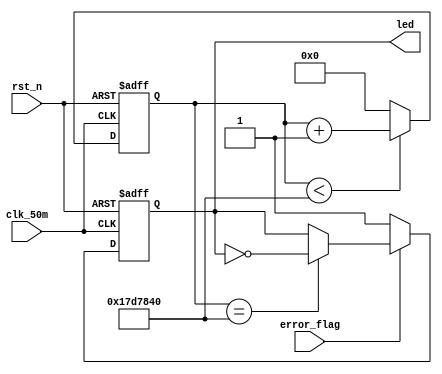
//****************************************Copyright (c)***********************************//
//www.openedv.com
//http://openedv.taobao.com 
//""FPGA & STM32
//
//Copyright(C)  2018-2028
//All rights reserved                               
//----------------------------------------------------------------------------------------
// File name:           led_disp
// Last modified Date:  2018/3/18 8:41:06
// Last Version:        V1.0
// Descriptions:        LEDLEDSDRAM
//----------------------------------------------------------------------------------------
// Created by:          
// Created date:        2018/3/18 8:41:06
// Version:             V1.0
// Descriptions:        The original version
//
//----------------------------------------------------------------------------------------
//****************************************************************************************//

module led_disp(
    input      clk_50m,     //
    input      rst_n,       //
    
    input      error_flag,  //
    output reg led          //LED             
    );

//reg define
reg [24:0] led_cnt;         //LED

//*****************************************************
//**                    main code
//***************************************************** 

//50MHz0.5s
always @(posedge clk_50m or negedge rst_n) begin
    if(!rst_n)
        led_cnt <= 25'd0;
    else if(led_cnt < 25'd25000000) 
        led_cnt <= led_cnt + 25'd1;
    else
        led_cnt <= 25'd0;
end

//LED
always @(posedge clk_50m or negedge rst_n) begin
    if(rst_n == 1'b0)
        led <= 1'b0;
    else if(error_flag) begin
        if(led_cnt == 25'd25000000) 
            led <= ~led;    //LED0.5s
        else
            led <= led;
    end    
    else
        led <= 1'b1;        //LED
end

endmodule